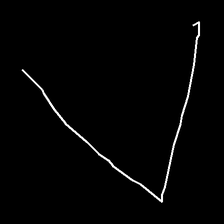
Glyph: region